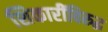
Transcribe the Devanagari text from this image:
शिकारींविरुद्ध